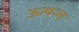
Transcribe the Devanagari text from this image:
ऊत्पन्न